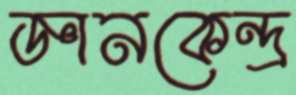
জ্ঞানকেন্দ্র